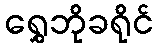
ရွှေဘိုခရိုင်